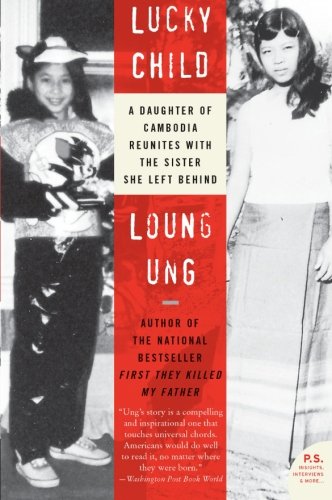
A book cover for Lucky Child: A Daughter of Cambodia Reunites with the Sister She Left Behind (P.S.); Loung Ung; Parenting & Relationships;